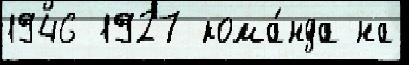
1946 1927 кома́нда на